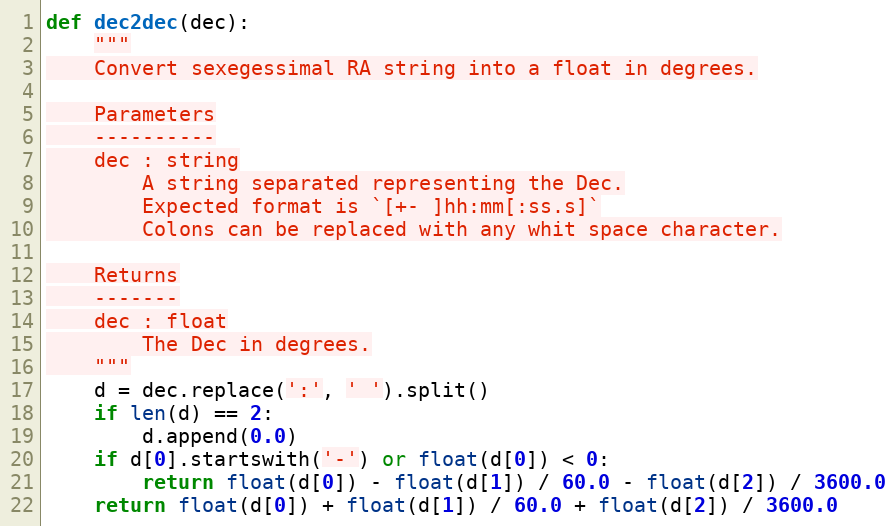
Language: Python
def dec2dec(dec):
    """
    Convert sexegessimal RA string into a float in degrees.

    Parameters
    ----------
    dec : string
        A string separated representing the Dec.
        Expected format is `[+- ]hh:mm[:ss.s]`
        Colons can be replaced with any whit space character.

    Returns
    -------
    dec : float
        The Dec in degrees.
    """
    d = dec.replace(':', ' ').split()
    if len(d) == 2:
        d.append(0.0)
    if d[0].startswith('-') or float(d[0]) < 0:
        return float(d[0]) - float(d[1]) / 60.0 - float(d[2]) / 3600.0
    return float(d[0]) + float(d[1]) / 60.0 + float(d[2]) / 3600.0